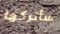
سأتركها